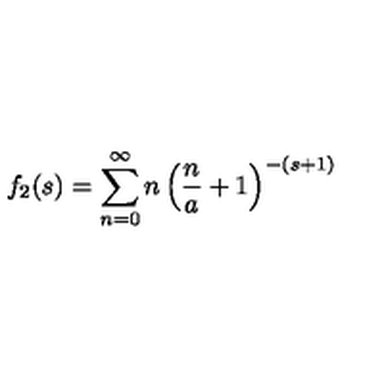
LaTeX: f _ { 2 } ( s ) = \sum _ { n = 0 } ^ { \infty } n \left( \frac { n } { a } + 1 \right) ^ { - ( s + 1 ) }